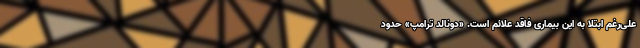
علی‌رغم‌‌ ابتلا به این بیماری فاقد علائم است. «دونالد ترامپ» حدود